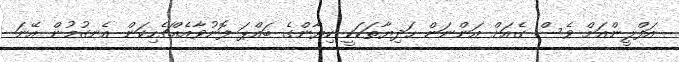
އަފްލީންއަށް ވެސް ގެއަށް އަންނަން ހަދިޔާތަކަކީ ކިޔާންގެ ބައްޕަ ފޮނުވާއެއްޗެހިކަން އެނގުމުން އޭނަ